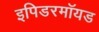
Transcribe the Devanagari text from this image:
इपिडरमॉयड